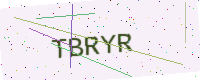
Text: TBRYR